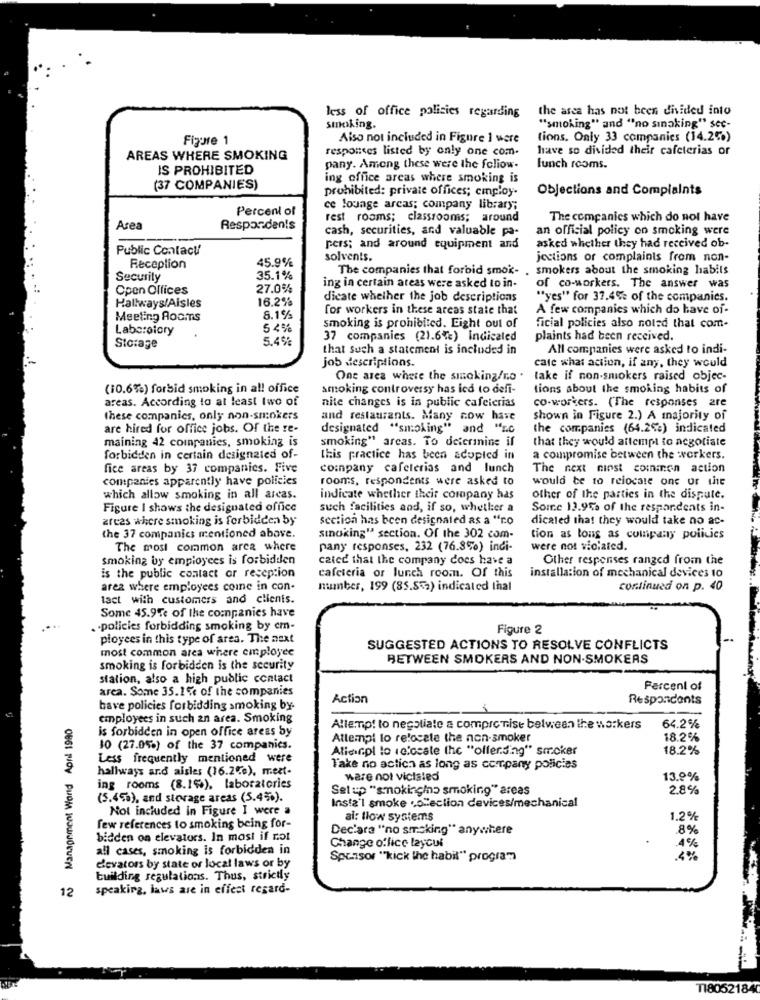
the asca has not been divided into
less of office policies regarding
smoking.
"smoking" and "no sınaking" sec-
Figure 1
Also not included in Figure 1 were
tions. Only 33 companies (14.2%)
responses listed by only one com.
have so divided their cafeterias or
AREAS WHERE SMOKING
IS PROHIBITED
pany. Among these were the feliow-
lunch rooms.
ing office areas where smoking is
(37 COMPANIES)
prohibited: private offices; employ.
Objections and Complaints
Percent of
ce lounge arcas; company library;
rest rooms; classrooms; around
The companies which do not have
Area
Responden!s
cash, securities, and valuable pa-
an official policy on smoking were
Public Contact
pers; and around equipment and
asked whether they had received ob-
45.9%
solvents.
jections or complaints from non-
Receplion
The companies that forbid smok-
smokers about the smoking habits
Security
35.1%
Open Offices
27.0%
ing in certain areas were asked to in-
of co-workers. The answer was
16.2%
dicate whether the job descriptions
"yes" for 37.4% of the companies.
Hallways/Aisles
for workers in these areas state that
A few companies which do have of-
Meeting Rooms
8.1%
Laboratory
54%
smoking is prohibited. Eight out of
ficial policies also noted that com-
5.4%
37 companies (21.6%) indicated
plaints had been received.
Storage
that such a statement is included in
All companies were asked to indi-
job descriptions.
cate what action, if any, they would
One area where the smoking/no .
take if non-smokers raised objec-
(10.6%) forbid smoking in all office
smoking controversy has icd to defi-
tions about the smoking habits of
areas. According to at least two of
co-workers. (The responses are
nite changes is in public cafeterias
these companies, only non-smokers
and restaurants. Many now have
shown in Figure 2.) A majority of
are hired for office jobs. Of the re-
designated "smoking" and "nc
the companies (64.2%) indicated
maining 42 companies, smoking is
smoking" areas. To delerinins if
that they would attempt to negotiate
forbidden in certain designated of-
this practice has been adopted in
a compromise between the workers.
fice areas by 37 companies. Five
company cafeterias and lunch
The next ninst comien action
companies apparently have policies
rooms, respondents were asked to
would be to relocate one or the
which allow smoking in all areas.
indicate whether theit company has
other of the parties in the dispute.
Figure I shows the designated office
such facilities and, if so, whether a
Some 12.95% of the respondents in-
areas where smoking is forbidden by
section has been designated as a "r.o
dicated that they would take no ac-
the 37 companies mentioned above.
sinoking" section. Of the 302 com-
tion as long as company policies
The most common area where
pany responses, 232 (76.8%) indi-
were not violated.
Smoking by employees is forbidden
calce that the company does have a
Other responses ranged from the
is the public contact or reception
cafeteria or lunch room. Of this
installation of mechanical devices 10
area where employees come in con-
number, 199 (85.552) indicated thal
continued on p. 40
lact with customers and clients.
Some 45.9Te of the companies have
. . policies forbidding smoking by cm-
Figure 2
ployees in this type of area. The next
most common area where employee
SUGGESTED ACTIONS TO RESOLVE CONFLICTS
BETWEEN SMOKERS AND NON-SMOKERS
smoking is forbidden is the security
station, also a high public contact
area. Some 35.1% of the companies
Percent of
Action
Respondents
have policies forbidding smoking by-
~ Management Word Apil 1980
employees in such an area. Smoking
is forbidden in open office areas by
Allemp! to negotiate a compromise between the workers
64.2%
Attempt to relocate the non-smoker
18.2%
10 (27.0%) of the 37 companies.
Alienpl lo icfocale Ihc "offending" smoker
18.2%
Less frequently mentioned were
hallways and aisles (16.2e), mext-
Take no action as long as company policies
ware not vicisled
13.9%
ing rooms (8.1%), laboratories
Setup "smoking/no smoking" areas
2.8%
(5.453), and storage areas (5.4%).
Insta l smoke .o.eclion devices/mechanical
Not included in Figure I were a
ai: How systems
1.2%
few references to smoking being for-
Dec'ara "no smoking" anywhere
.89
bidden on elevators. In most if not
4%
all cases, smoking is forbidden in
Change office laycui
Sponsor ""kick the habil" program
.4%
elevators by state or local laws or by
building regulations. Thus, strictly
speaking, laws are in effect regard-
T18052184